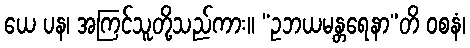
ယေ ပန၊ အကြင်သူတို့သည်ကား။ “ဥဘယမန္တရေနာ”တိ ဝစနံ၊